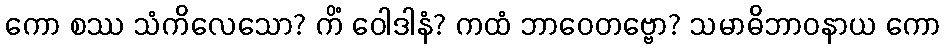
ကော စဿ သံကိလေသော? ကိံ ဝေါဒါနံ? ကထံ ဘာဝေတဗ္ဗော? သမာဓိဘာဝနာယ ကော